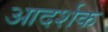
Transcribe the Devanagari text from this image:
आदर्शक